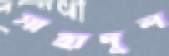
সাহাদুল